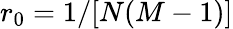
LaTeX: r_{0}=1/[N(M-1)]